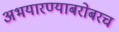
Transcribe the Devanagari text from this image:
अभयारण्याबरोबरच